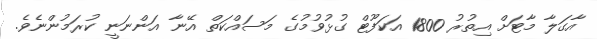
އާގަލާ މާޓަށް އިތުރު 1800 އަކަފޫޓް ގުޅުވުމުގެ މަސައްކަތް އޭނާ އަންނަނީ ކުރަމުންނެވެ.